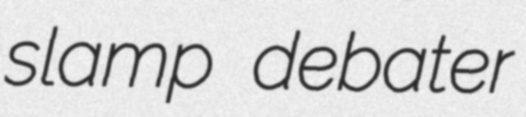
slamp debater